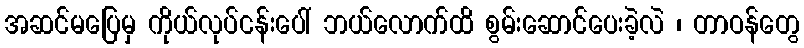
အဆင်မပြေမှ ကိုယ်လုပ်ငန်းပေါ် ဘယ်လောက်ထိ စွမ်းဆောင်ပေးခဲ့လဲ ၊ တာဝန်တွေ